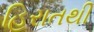
હિરાતથી